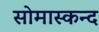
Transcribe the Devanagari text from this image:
सोमास्कन्द